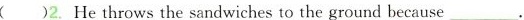
( )2. He throws the sandwiches to the ground because___.